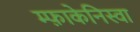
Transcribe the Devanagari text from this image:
म्फ़ाकेनिस्वा